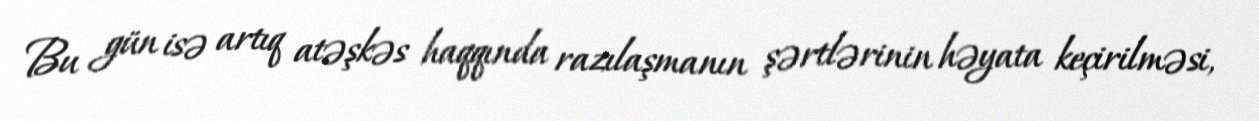
Bu gün isə artıq atəşkəs haqqında razılaşmanın şərtlərinin həyata keçirilməsi,